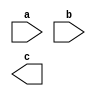
module MyModule(input a, b, output c);
  // Module definition
  
  // Rest of the design code
  
endmodule

module Testbench;
  reg a, b;
  wire c;
  
  MyModule dut(a, b, c);
  
  initial begin
    a = 1'b0;
    b = 1'b1;
    
    #5;
    
    $display("Output c = %b", c);
    
    $finish;
  end
endmodule
//This Verilog code demonstrates the use of a testbench to verify a design module (MyModule).
//Note that Design code in module is not mentioned.